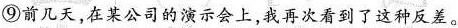
⑨前几天，在某公司的演示会上，我再次看到了这种反差。